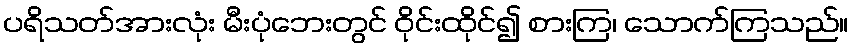
ပရိသတ်အားလုံး မီးပုံဘေးတွင် ဝိုင်းထိုင်၍ စားကြ၊ သောက်ကြသည်။